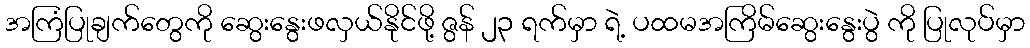
အကြံပြုချက်တွေကို ဆွေးနွေးဖလှယ်နိုင်ဖို့ ဇွန် ၂၃ ရက်မှာ ရဲ့ ပထမအကြိမ်ဆွေးနွေးပွဲ ကို ပြုလုပ်မှာ